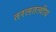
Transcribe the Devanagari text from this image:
तरलतत्वीय